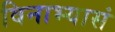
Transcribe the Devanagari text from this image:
विनाभ्यासं